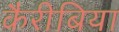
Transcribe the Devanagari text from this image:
कैरीबिया